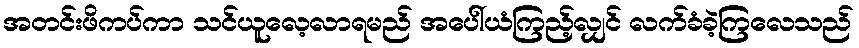
အတင်းဖိကပ်ကာ သင်ယူလေ့လာရမည် အပေါ်ယံကြည့်လျှင် လက်ခံခဲ့ကြလေသည်